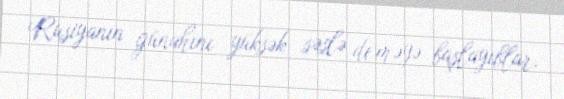
Rusiyanın günahını yüksək səslə deməyə başlayıblar.